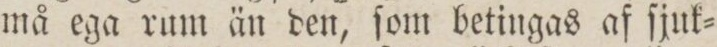
må ega rum än den, ſom betingas af ſjuk=